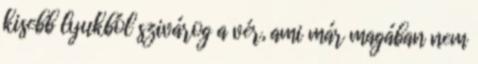
kisebb lyukból szivárog a vér, ami már magában nem